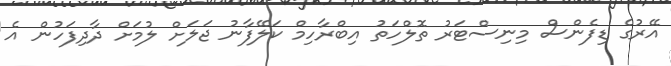
އޭރުގެ ޑިފެންސް މިނިސްޓަރު ތޮލްހަތު އިބްރާހިމް ކަލޭފާނު ޖަލަށް ލުމަށް ދާދިފަހުން އެ